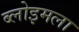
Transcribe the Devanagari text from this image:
ब्लोइमला